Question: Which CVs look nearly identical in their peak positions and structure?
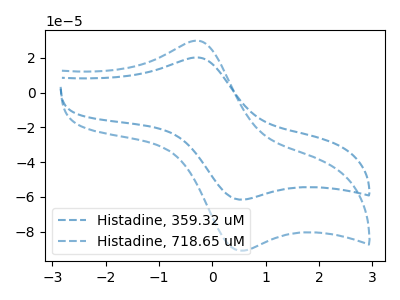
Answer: <think>The blue dashed curve "Histadine, 359.32 uM" has an anodic peak at (-0.30V, 20.25uA) and a cathodic peak at (0.55V, -61.55uA). The blue dashed curve "Histadine, 718.65 uM" has an anodic peak at (-0.30V, 29.90uA) and a cathodic peak at (0.55V, -90.95uA).
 All the peaks in "Histadine, 359.32 uM" have a peak in "Histadine, 718.65 uM" at the same potential. Every peak in "Histadine, 359.32 uM" is lower than every peak in "Histadine, 718.65 uM".</think>
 <answer>"Histadine, 359.32 uM" and "Histadine, 718.65 uM" have the same shape and are likely CV's of the same chemical.</answer>
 <eval>"Histadine, 359.32 uM" "Histadine, 718.65 uM"</eval>